Civil Veterinary Department. Madras. Admin. report 1926-33 - 1926-1933
Year: 1926
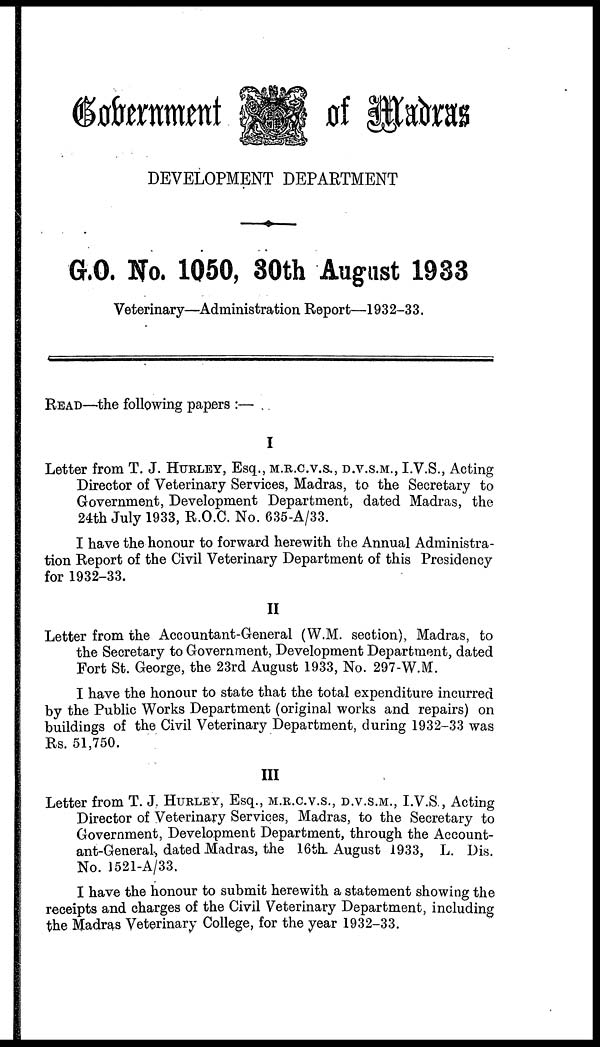
Government
of Madras
DEVELOPMENT DEPARTMENT
G.O. No. 1050, 80th August 1933
Veterinary—Administration Report—1932-33.
READ—the following papers :—
I
Letter from T. J. HURLEY, Esq., M.R.C.V.S., D.V.S.M., I.V.S., Acting
Director of Veterinary Services, Madras, to the Secretary to
Government, Development Department, dated Madras, the
24th July 1933, R.O.C. No. 635-A/33.
I have the honour to forward herewith the Annual Administra-
tion Report of the Civil Veterinary Department of this Presidency
for 1932-33.
II
Letter from the Accountant-General (W.M. section), Madras, to
the Secretary to Government, Development Department, dated
Fort St. George, the 23rd August 1933, No. 297-W.M.
I have the honour to state that the total expenditure incurred
by the Public Works Department (original works and repairs) on
buildings of the Civil Veterinary Department, during 1932-33 was
Rs. 51,750.
III
Letter from T. J. HURLEY, Esq., M.R.C.V.S., D.V.S.M., I.V.S., Acting
Director of Veterinary Services, Madras, to the Secretary to
Government, Development Department, through the Account-
ant-General, dated Madras, the 16th August 1933, L. Dis.
No. 1521-A/33.
I have the honour to submit herewith a statement showing the
receipts and charges of the Civil Veterinary Department, including
the Madras Veterinary College, for the year 1932-33.